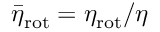
\bar { \eta } _ { \mathrm { r o t } } = { \eta } _ { \mathrm { r o t } } / \eta